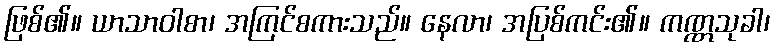
ဖြစ်၏။ ယာသာဝါစာ၊ အကြင်စကားသည်။ နေလာ၊ အပြစ်ကင်း၏။ ကဏ္ဏသုခါ၊